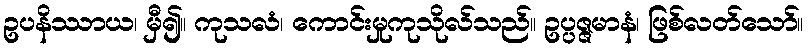
ဥပနိဿာယ၊ မှီ၍။ ကုသလံ၊ ကောင်းမှုကုသိုလ်သည်။ ဥပ္ပဇ္ဇမာနံ၊ ဖြစ်လတ်သော်။